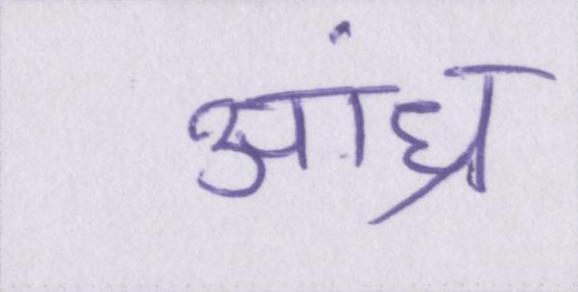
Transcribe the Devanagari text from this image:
आंध्र